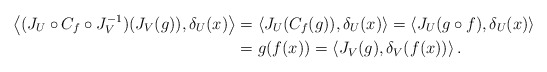
\begin{align*}\left\langle (J_U\circ C_f\circ J^{-1}_V)(J_V(g)),\delta_U(x)\right\rangle&=\left\langle J_U(C_f(g)),\delta_U(x)\right\rangle=\left\langle J_U(g\circ f),\delta_U(x)\right\rangle\\&=g(f(x))=\left\langle J_V(g),\delta_V(f(x))\right\rangle .\end{align*}